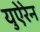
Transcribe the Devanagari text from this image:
युऐरेन